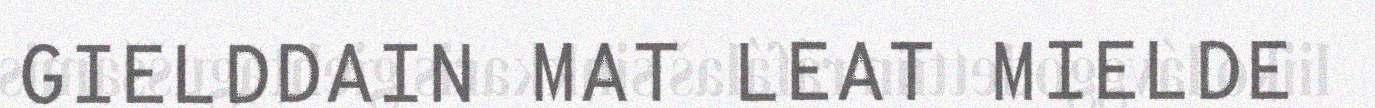
GIELDDAIN MAT LEAT MIELDE